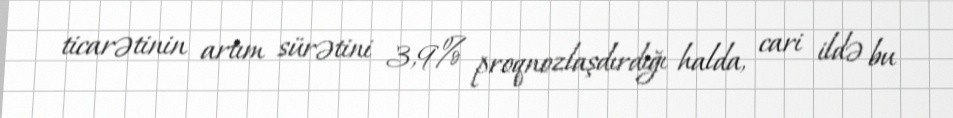
ticarətinin artım sürətini 3,9% proqnozlaşdırdığı halda, cari ildə bu